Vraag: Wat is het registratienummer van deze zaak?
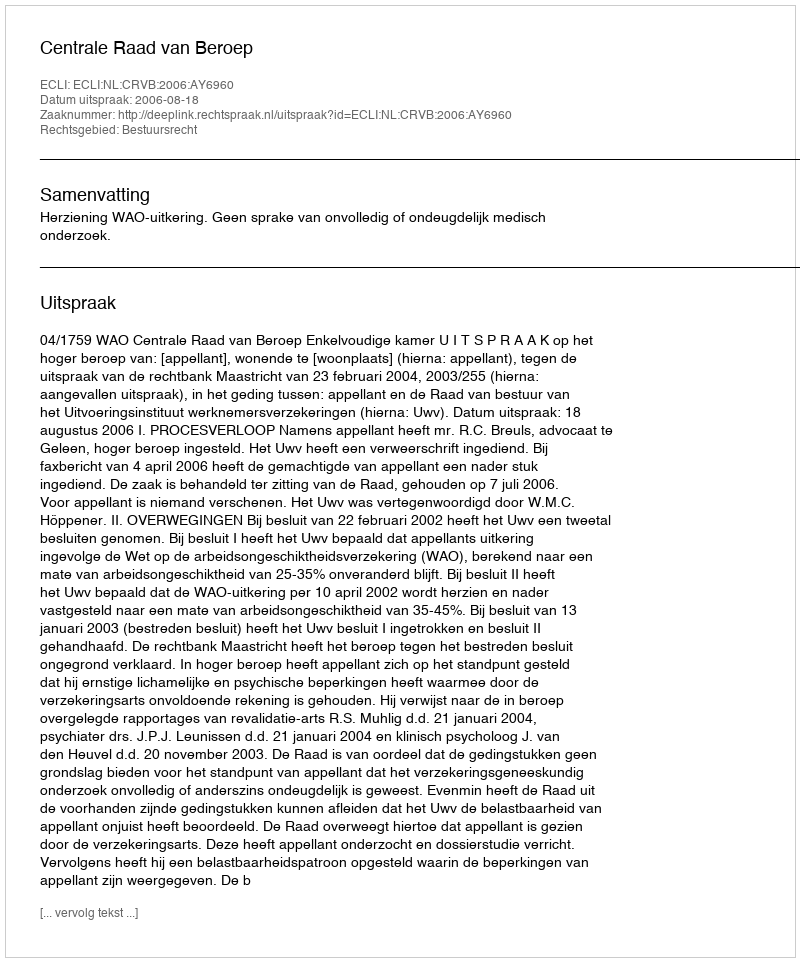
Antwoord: http://deeplink.rechtspraak.nl/uitspraak?id=ECLI:NL:CRVB:2006:AY6960